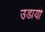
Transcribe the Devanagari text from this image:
उडायी